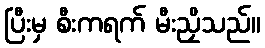
ပြီးမှ စီးကရက် မီးညှိသည်။